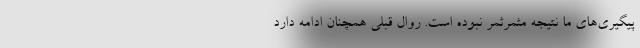
پیگیری‌های ما نتیجه‌ مثمرثمر نبوده است. روال قبلی همچنان ادامه دارد